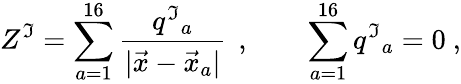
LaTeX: Z^{\mathfrak{I}}=\sum_{a=1}^{16}{\frac{{q^{\mathfrak{I}}{}_{a}}}{{|\vec{{x}}-\vec{{x}}_{a}|}}}\, \ ,\qquad\sum_{a=1}^{16}q^{\mathfrak{I}}{}_{a}=0\ ,